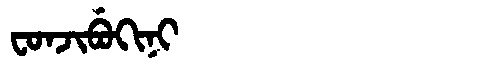
Manchu: ᠸᠣᠨᠵᡳᠪᡠᡴᡳᠨᡳ
Romanization: FONJIBUKINI